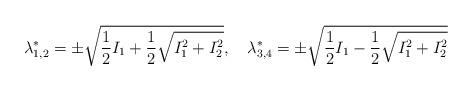
LaTeX: \begin{align*}\lambda^*_{1,2}=\pm \sqrt{\frac12 I_1 +\frac12 \sqrt{I_1^2+I_2^2}} ,\quad\lambda^*_{3,4}=\pm \sqrt{\frac12 I_1 -\frac12 \sqrt{I_1^2+I_2^2}}\end{align*}